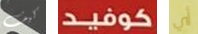
كيف كوفيد أي